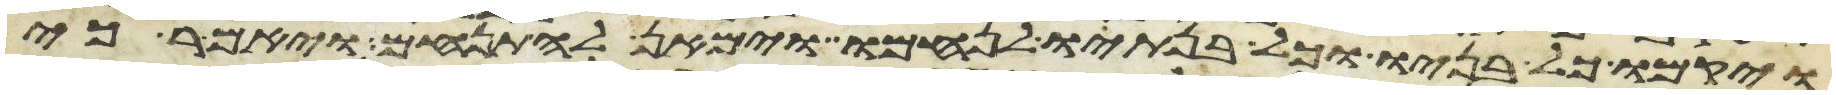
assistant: ויקמו כל בניו וכל בנתיו לנחמו וימאן להתנחם ויאמר כי